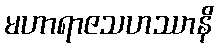
မဟာရာဇသဟဿာနိ